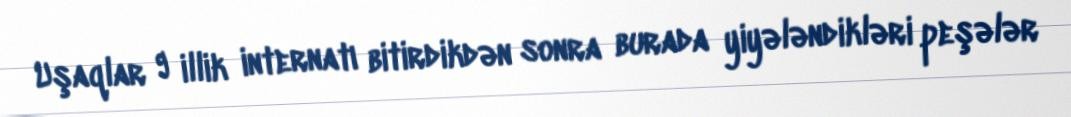
Uşaqlar 9 illik internatı bitirdikdən sonra burada yiyələndikləri peşələr